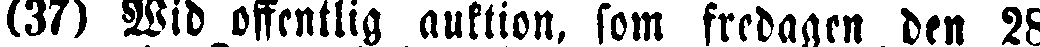
(37) Wid offentlig auktion, som fredagen den 28